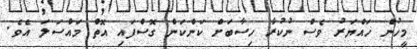
މީހުން ހައްޔަރު ވެސް ނުކުރާ ހިސާބަށް ކަންކަން ގޮސްފައި އޮތް މައްސަލަ އެވެ.